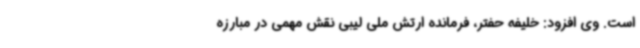
است. وی افزود: خلیفه حفتر، فرمانده ارتش ملی لیبی نقش مهمی در مبارزه